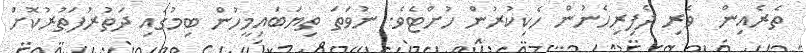
ތެރެއިން  ވެރި ދެފިރިހެނުން ހެކިކުރުން ހުށްޓެވެ. ނުވަތަ ތިޔަބައިމީހުން ބިމުގައި ދަތުރުފަތުރުކޮށް